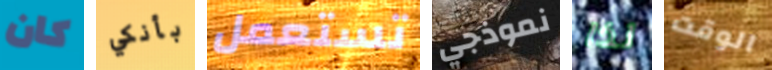
كان بأنكي تستعمل نموذجي لذا الوقت